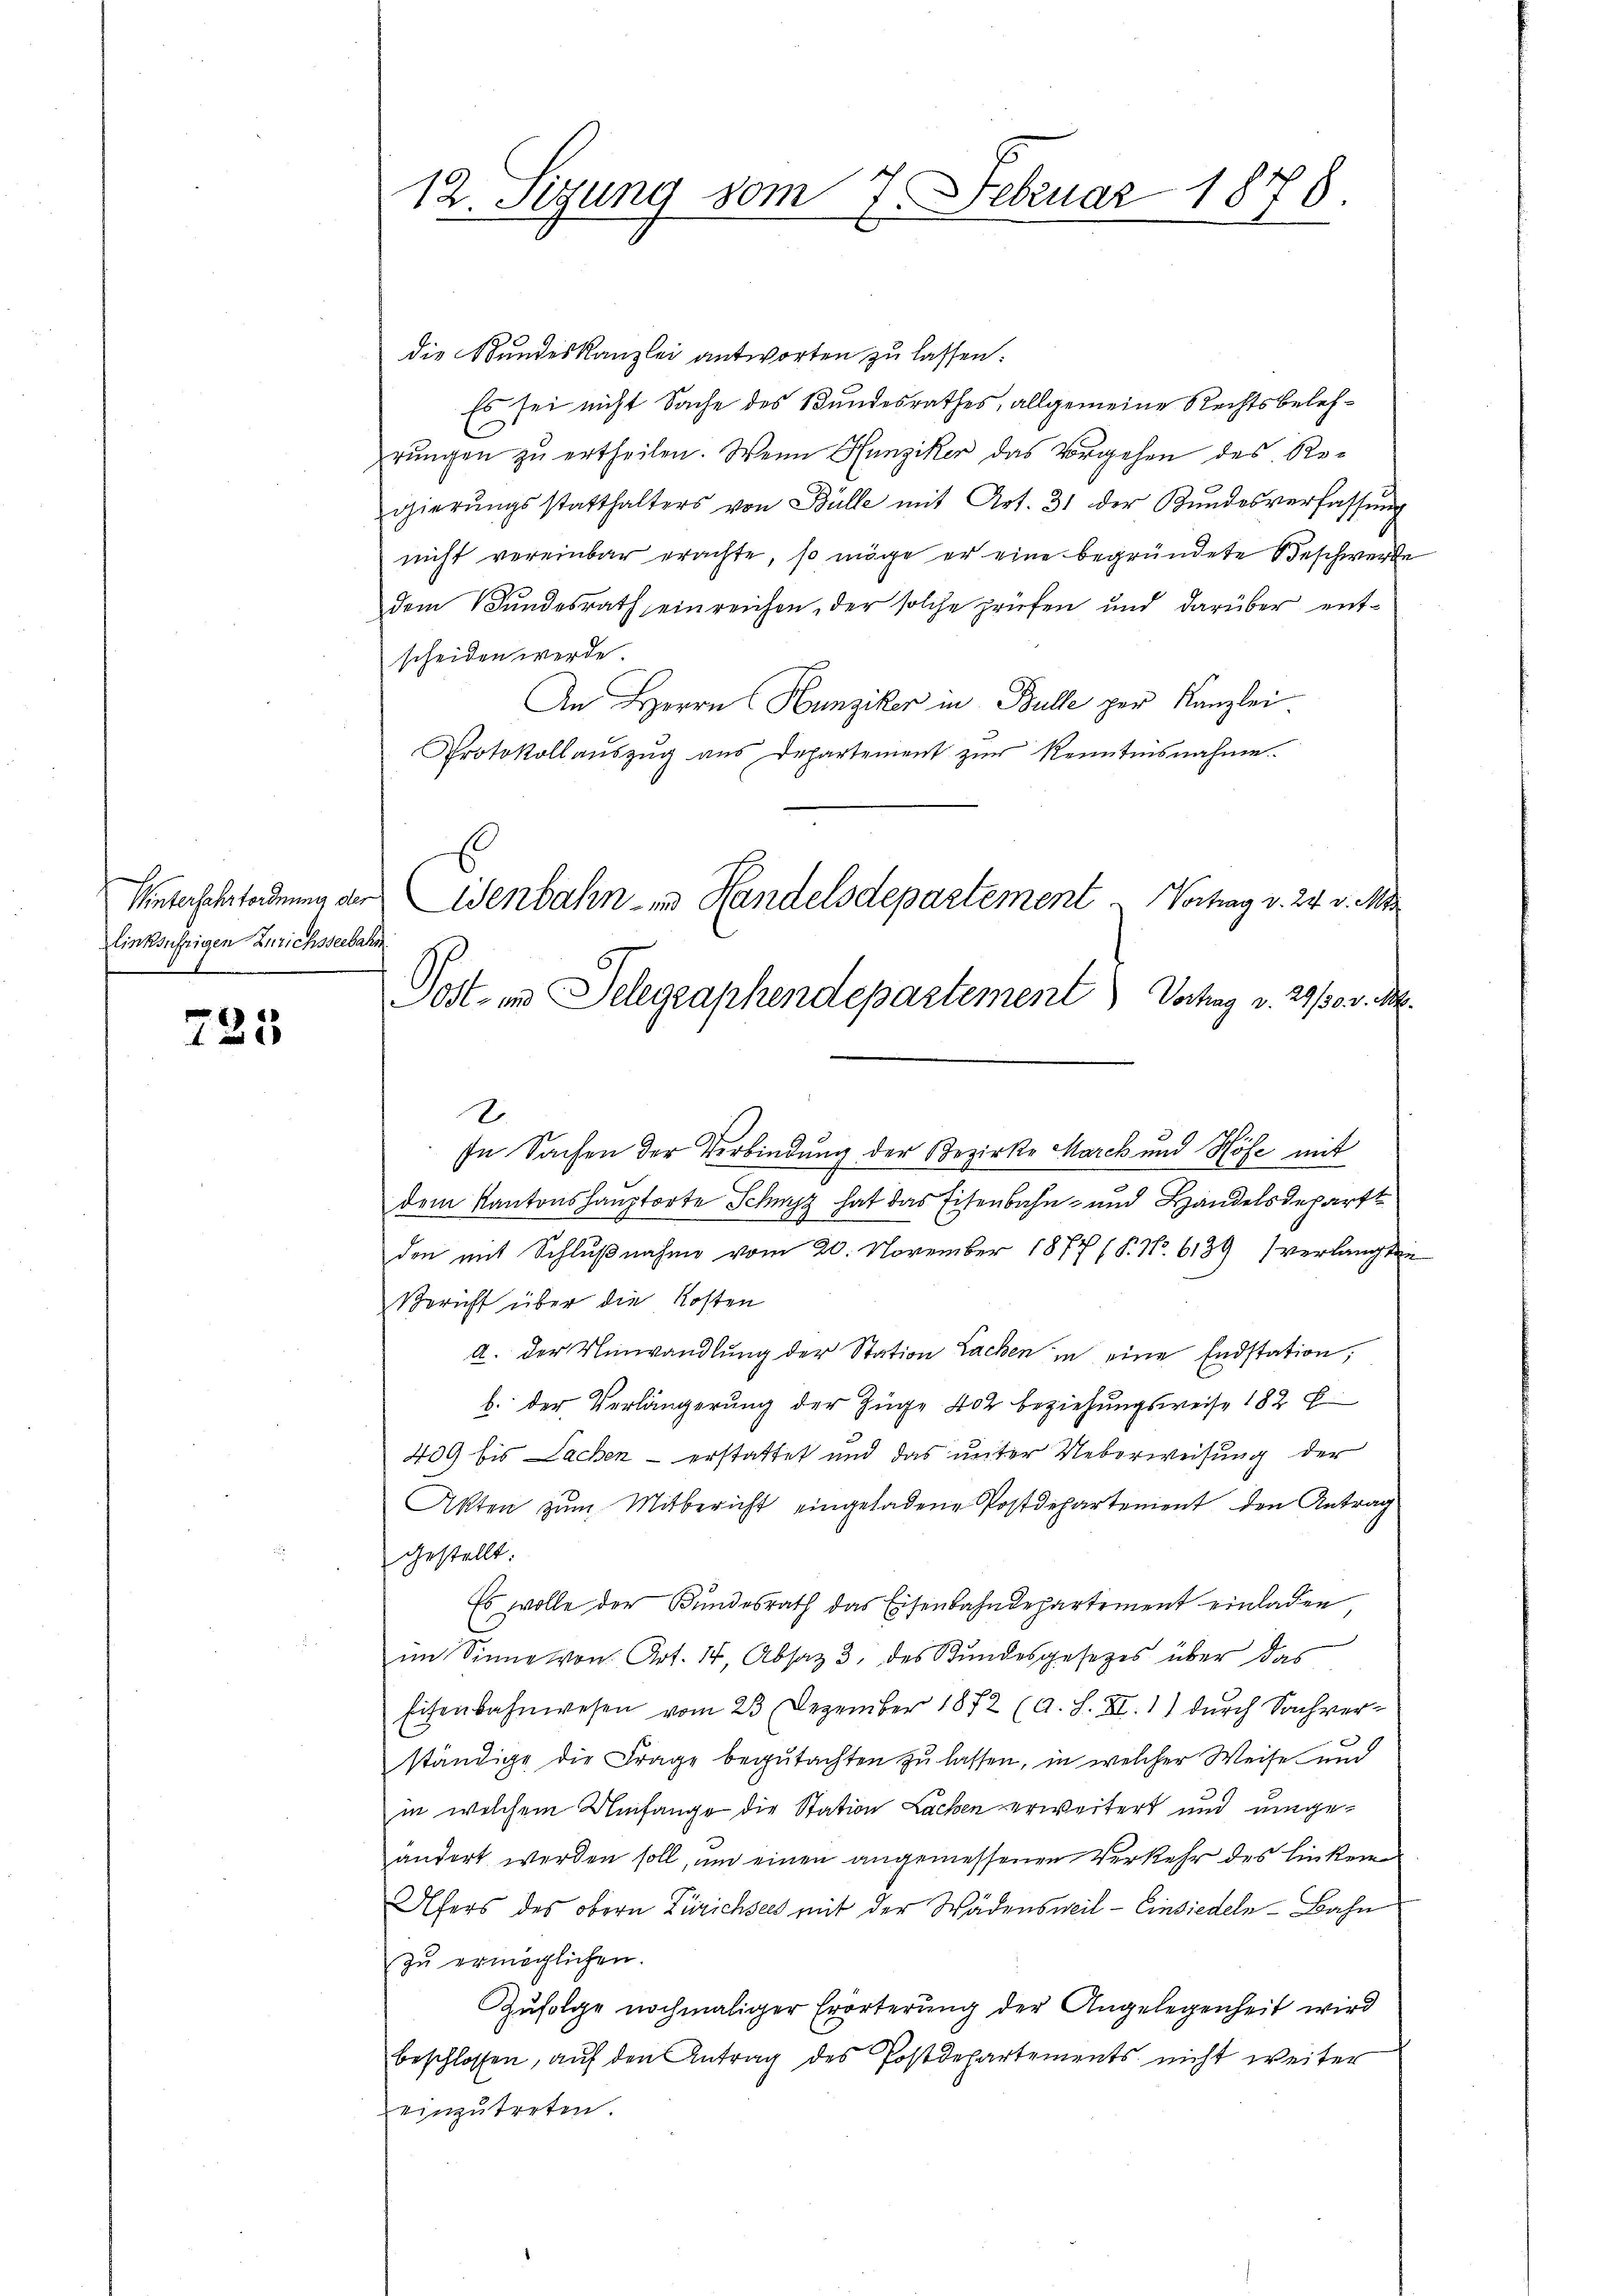
Winterfahrtordnung der
linksufrigen Anrichsseebah

725

12. Sigung vom 7. Februar 1878.

die Bundeskanzlei antworten zu lassen.
Es sei nicht Sache des Bundesrathes, allgemeine Rechtsbelehrŭngen zu ertheilen. Wenn Hunziker das Vorgehen des Regierŭngsstatthalters von Bülle mit Art. 31 der Bŭndesverfassŭng
nicht vereinbar erachte, so möge er eine begründete Beschwerte
dem Bundesrath einreichen, der solche prüfen und darüber entscheiden werde.
An Herrn Hunziker in Bulle per Kanzlei
Protokollaŭszŭg aŭs departement zŭr Kenntnisnahme.
2.
In Sachen der Verbindung der Bezirke Marck und Höfe mit
dem Kantonshauptorte Schwyz hat das Eisenbahn- und Handelsdepart
den mit Schlußnahme vom 20. November 1877 (S. Nr. 6139 (verlangten
Bericht über die Kosten
a. der Umwandlung der Station Lachen in eine Endstation,
b. der Verlängerung der Züge 402 beziehungsweise 182 f
409 bis Lachen – erstattet und das unter Ueberweisung der
Akten zum Mitbericht eingeladene Postdepartement den Antrag
gestellt.
Es wolle der Bundesrath das Eisenbahndepartement einladen
im Sinne von Art. 14, Absatz 3. des Kundesgesetzes über das
Eisenbahnwesen vom 23. Dezember 1872 (a. S. XI. 1) durch Sachverständige die Frage begutachten zu lassen, in welcher Weise und
in welchem Umfange die Station Lachen verweitert und eingeändert werden soll, um einen angemessenen Verkehr des linken
Ufers des obern Zürichsees mit der Wädensweil - Einsiedeln-Bahn
zu ermöglichen.
Zufolge nochmaliger Erörterung der Angelegenheit wird
beschlossen, auf den Antrag des Postdepartements nicht weiter
einzutreten.

E
Wenbahn- und Handelsdepartement . Vortrag v. 24. v. Mts
Post im Telegraphendepartement Vorhag v. 29./30. v. M.